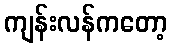
ကျန်းလန်ကတော့